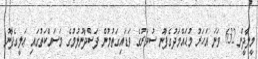
މީލާދީން 632 ވަނަ އަހަރު މުޙައްމަދުގެފާނު ސުވަރުގެ ވަޑައިގަތުމުން ފަސްދާނުލުމުގެ މަސައްކަތުގައި ޢަލީގެފާނު